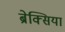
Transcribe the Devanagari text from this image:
ब्रेक्सिया